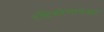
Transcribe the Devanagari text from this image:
दृष्टिकोणापेक्षा